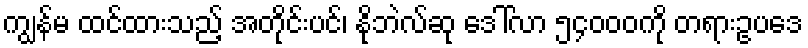
ကျွန်မ ထင်ထားသည့် အတိုင်းပင်၊ နိုဘဲလ်ဆု ဒေါ်လာ ၅၄၀၀၀ကို တရားဥပဒေ